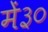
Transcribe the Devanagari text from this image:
में३०